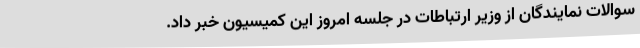
سوالات نمایندگان از وزیر ارتباطات در جلسه امروز این کمیسیون خبر داد.